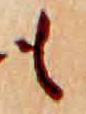
も